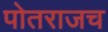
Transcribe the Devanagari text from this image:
पोतराजच